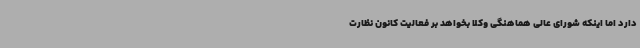
دارد اما اینکه شورای عالی هماهنگی وکلا بخواهد بر فعالیت کانون نظارت